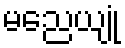
မညေယျုံ